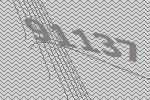
91137